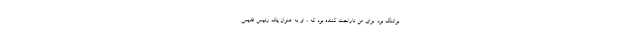
بواتنگ بود. برای من ناراحت کننده بود که ، او به عنوان یک رئیس قدیمی